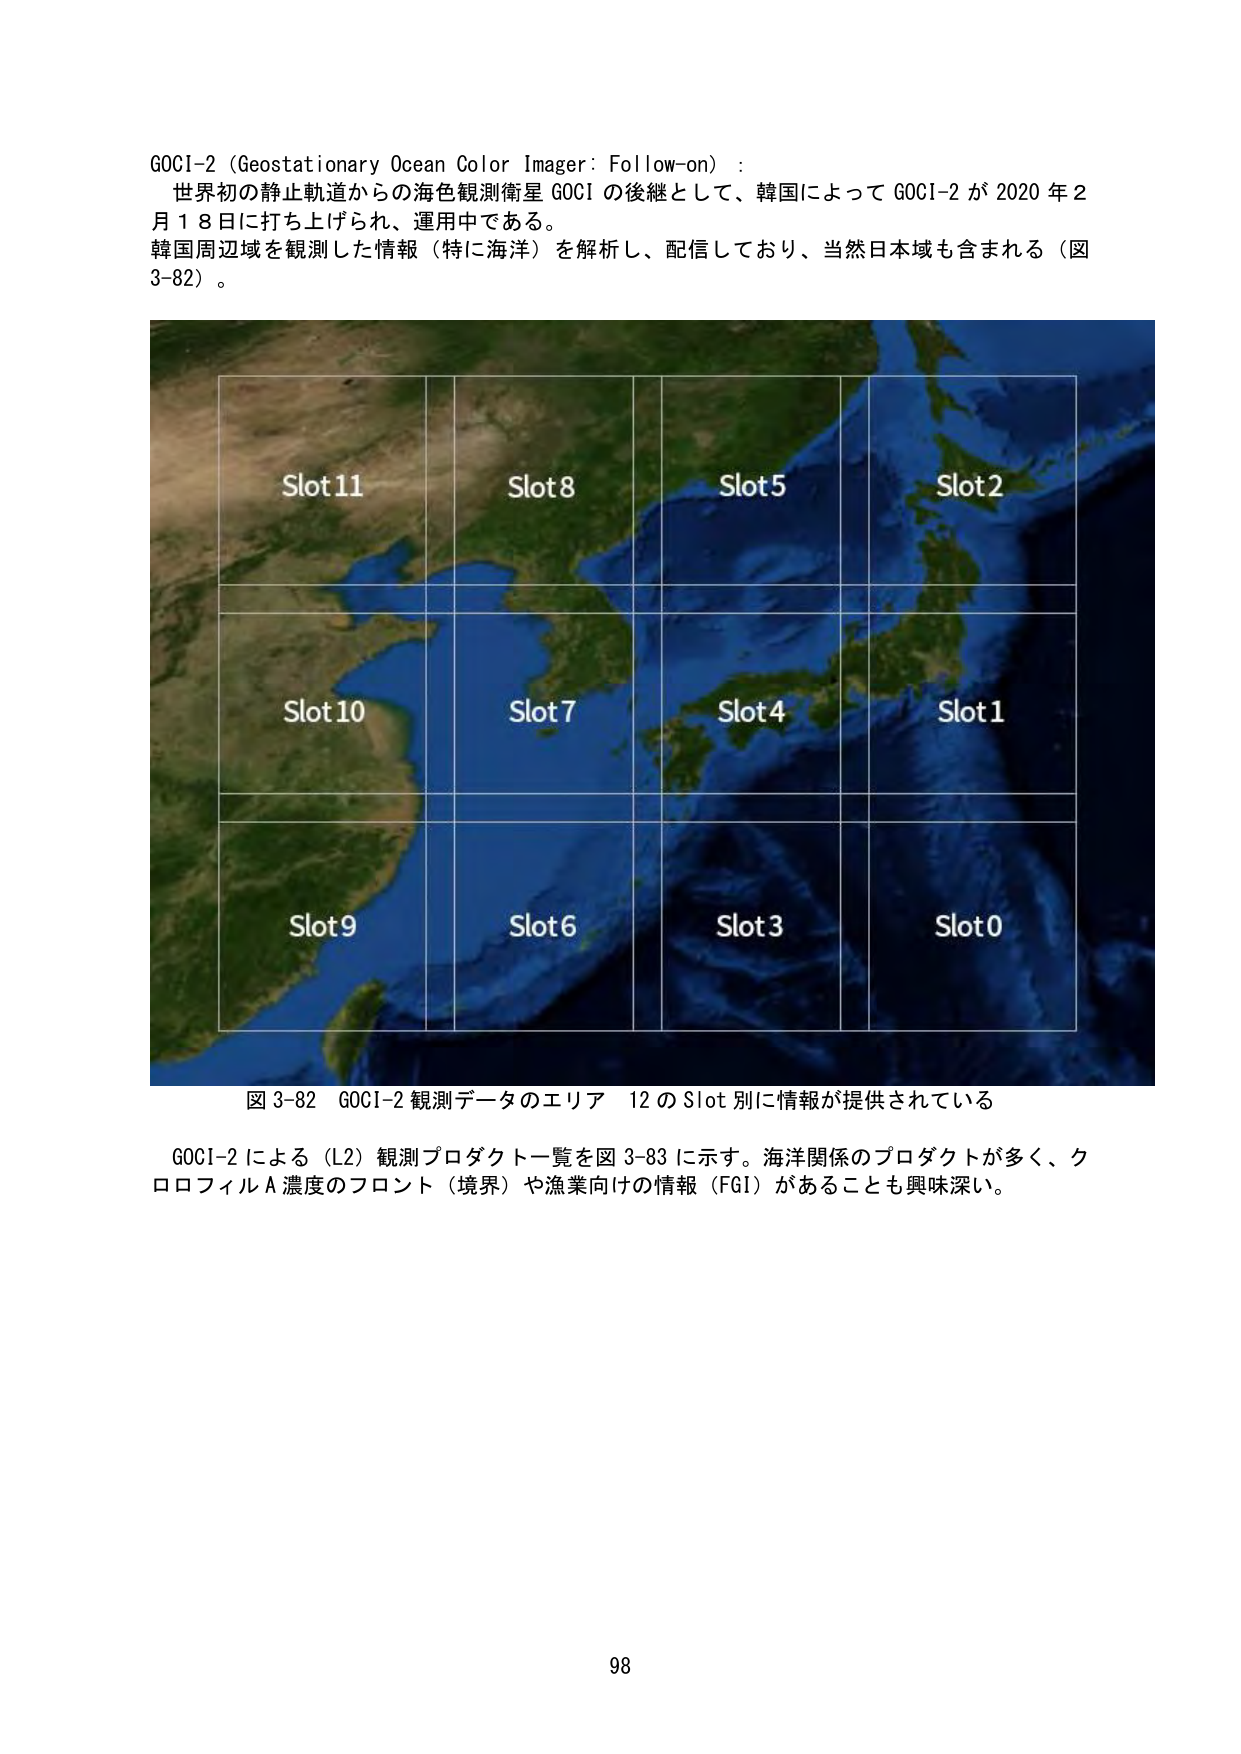
GOCI-2 (Geostationary Ocean Color Imager: Follow-on) :
世界初の静止軌道からの海色観測衛星 GOCI の後継として、韓国によって GOCI-2 が 2020 年 2
月 18 日に打ち上げられ、運用中である。
韓国周辺域を観測した情報（特に海洋）を解析し、配信しており、当然日本域も含まれる（図
3-82）。

Slot11
Slot8
Slot5
Slot2
Slot10
Slot7
Slot4
Slot1
Slot9
Slot6
Slot3
Slot0

図 3-82 GOCI-2 観測データのエリア 12 の Slot 別に情報が提供されている

GOCI-2 による（L2）観測プロダクト一覧を図 3-83 に示す。海洋関係のプロダクトが多く、クロロフィル A 濃度のフロント（境界）や漁業向けの情報（FGI）があることも興味深い。

98